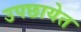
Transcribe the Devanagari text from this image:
उपछायेत